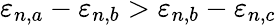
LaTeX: \varepsilon_{n,a}-\varepsilon_{n,b}>\varepsilon_{n,b}-\varepsilon_{n,c}